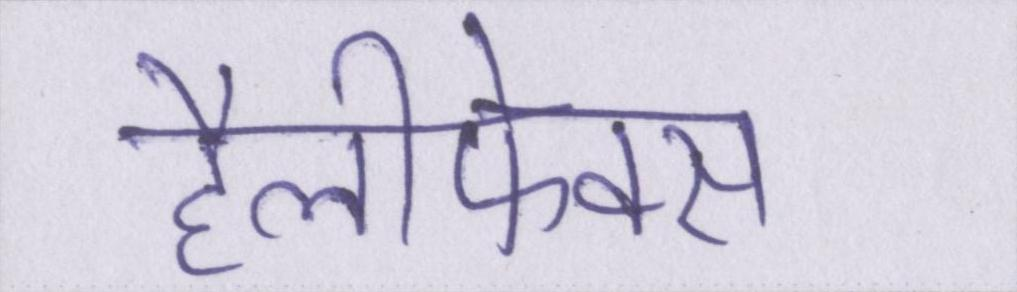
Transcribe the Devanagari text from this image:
हैलीफेक्स